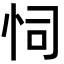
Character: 𢘜